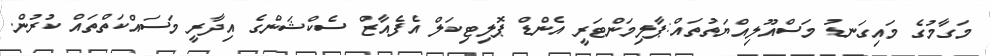
މަގާމުގެ މައިގަނޑު މަސްއޫލިއްޔަތުތައް:ޕާލިމަންޓަރީ އެންޑް ޕޮލިޓިކަލް އެފެއާޒް ސެކްޝަންގެ އިދާރީ މަސައްކަތްތައް ކުރުން.